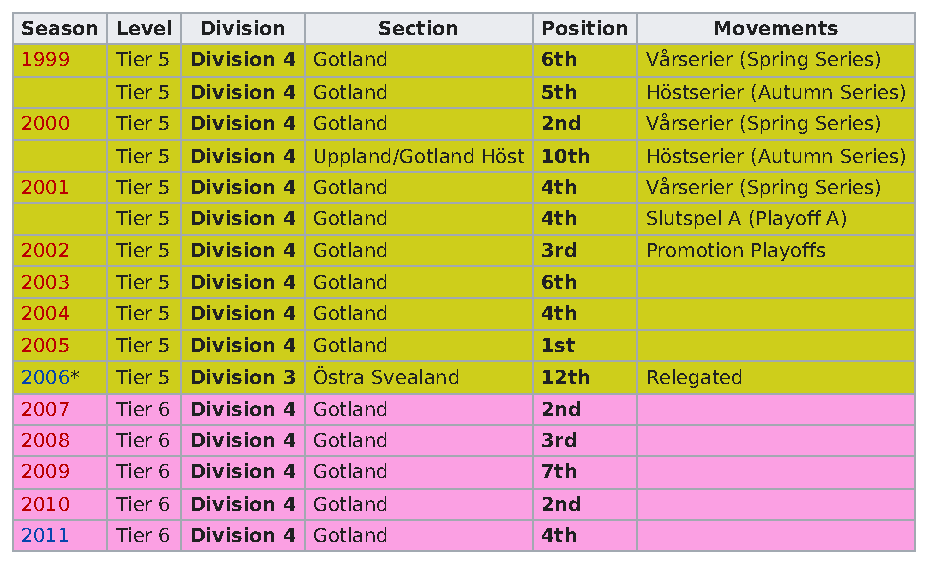
Season Level Division   Section    Position   Movements
 1999   Tier 5 Division 4 Gotland   6th    Vårserier (Spring Series)
 Tier 5 Division 4 Gotland   5th    Höstserier (Autumn Series)
 2000   Tier 5 Division 4 Gotland   2nd    Vårserier (Spring Series)
 Tier 5 Division 4 Uppland/Gotland Höst 10th Höstserier (Autumn Series)
 2001   Tier 5 Division 4 Gotland   4th    Vårserier (Spring Series)
 Tier 5 Division 4 Gotland   4th    Slutspel A (Playoff A)
 2002   Tier 5 Division 4 Gotland   3rd    Promotion Playoffs
 2003   Tier 5 Division 4 Gotland   6th
 2004   Tier 5 Division 4 Gotland   4th
 2005   Tier 5 Division 4 Gotland   1st
 2006*  Tier 5 Division 3 Östra Svealand 12th Relegated
 2007   Tier 6 Division 4 Gotland   2nd
 2008   Tier 6 Division 4 Gotland   3rd
 2009   Tier 6 Division 4 Gotland   7th
 2010   Tier 6 Division 4 Gotland   2nd
 2011   Tier 6 Division 4 Gotland   4th